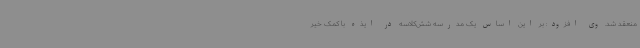
منعقد شد. وی افزود: بر این اساس یک مدرسه شش‌کلاسه در ایذه با کمک خیر